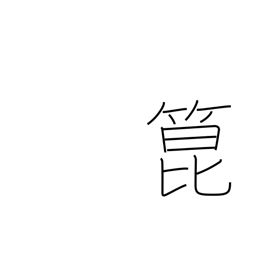
Meaning: bamboo shoots